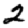
Digit: 2